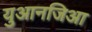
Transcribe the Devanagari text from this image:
युआनजिआ